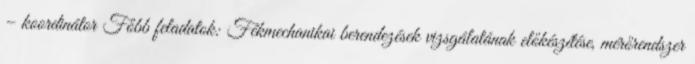
– koordinátor Főbb feladatok: Fékmechanikai berendezések vizsgálatának előkészítése, mérőrendszer